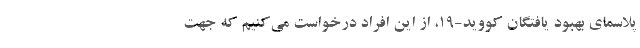
پلاسمای بهبود یافتگان کووید-19، از این افراد درخواست می‌کنیم که جهت